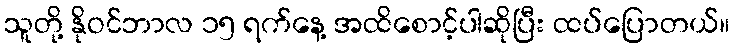
သူတို့ နိုဝင်ဘာလ ၁၅ ရက်နေ့ အထိစောင့်ပါဆိုပြီး ထပ်ပြောတယ်။